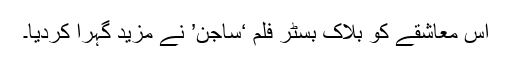
اس معاشقے کو بلاک بسٹر فلم ‘ساجن’ نے مزید گہرا کردیا۔